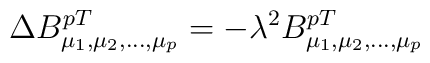
\Delta B^{pT}_{\mu_1, \mu_2,...,\mu_p}=-\lambda^2 B^{pT}_{\mu_1,\mu_2,...,\mu_p}